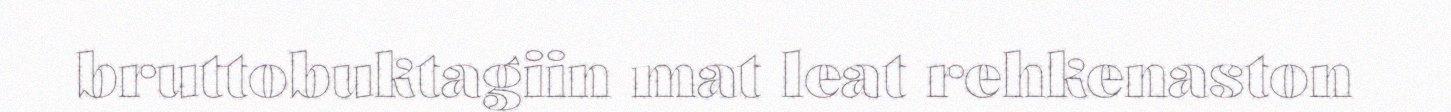
bruttobuktagiin mat leat rehkenaston